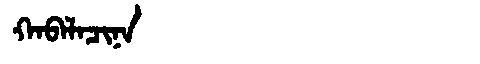
Manchu: ᡴᠠᠪᠠᠯᠠᠴᡳᠨᠠ
Romanization: KABALACINA